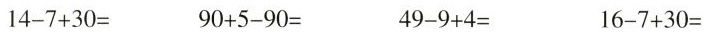
1 4 - 7 + 3 0 = 9 0 + 5 - 9 0 = 1 6 -7 + 3 0 =